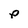
Character: p